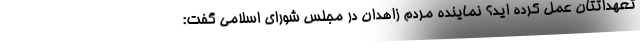
تعهداتتان عمل کرده اید؟ نماینده مردم زاهدان در مجلس شورای اسلامی گفت: